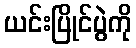
ယင်းပြိုင်ပွဲကို